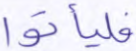
فليأتوا